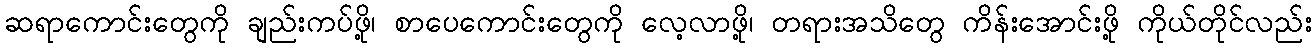
ဆရာကောင်းတွေကို ချည်းကပ်ဖို့၊ စာပေကောင်းတွေကို လေ့လာဖို့၊ တရားအသိတွေ ကိန်းအောင်းဖို့ ကိုယ်တိုင်လည်း